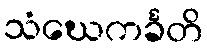
သံဃေကင်္ခတိ